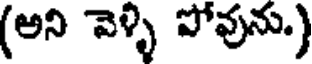
(అని వెళ్ళి పోవును.)